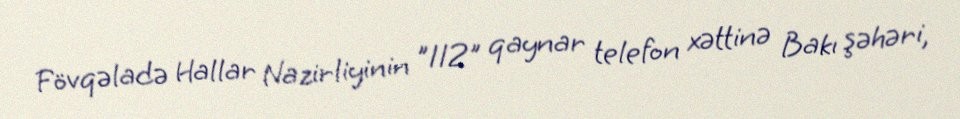
Fövqəladə Hallar Nazirliyinin "112" qaynar telefon xəttinə Bakı şəhəri,